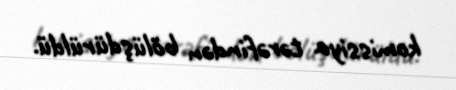
komissiya tərəfindən bölüşdürüldü.